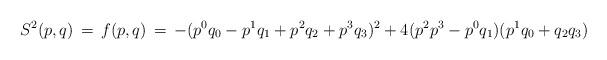
LaTeX: \begin{align*}S^2(p,q) \, = \,f(p,q)\,=\,-(p^0q_0-p^1q_1+p^2q_2+p^3q_3)^2+4(p^2p^3-p^0q_1)(p^1q_0+q_2q_3)\end{align*}